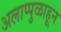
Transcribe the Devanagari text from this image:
अलाप्पुळाहून